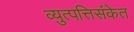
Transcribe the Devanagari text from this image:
व्युत्पत्तिसंकेत